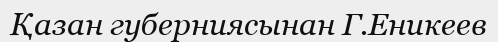
Қазан губерниясынан Г.Еникеев